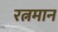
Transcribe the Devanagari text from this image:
रत्नमान